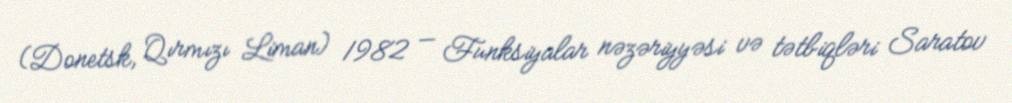
(Donetsk, Qırmızı Liman) 1982 — Funksiyalar nəzəriyyəsi və tətbiqləri Saratov